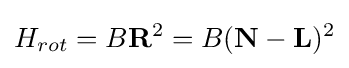
H_{rot}=B\mathbf {R} ^{2}=B(\mathbf {N} -\mathbf {L} )^{2}